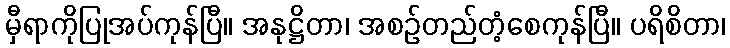
မှီရာကိုပြုအပ်ကုန်ပြီ။ အနုဋ္ဌိတာ၊ အစဉ်တည်တံ့စေကုန်ပြီ။ ပရိစိတာ၊